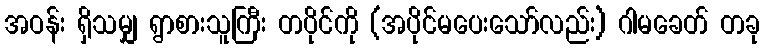
အဝန်း ရှိသမျှ ရွာစားသူကြီး တပိုင်ကို (အပိုင်မပေးသော်လည်း) ဂါမခေတ် တခု